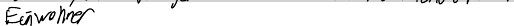
Einwohner